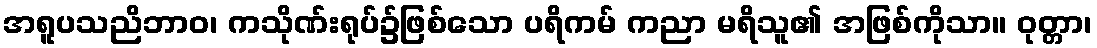
အရူပသညိဘာဝ၊ ကသိုဏ်းရုပ်၌ဖြစ်သော ပရိကမ် ကညာ မရိသူ၏ အဖြစ်ကိုသာ။ ဝုတ္တာ၊